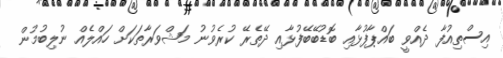
އިސްތިއުފާ ދެއްވީ ބައްޕާފުޅާއި ބޮޑުބޭބޭފުޅާއި ދޭތެރޭ ކުރެވުނު މަޝްވަރާތަކަށް ހައްލެއް ނުލިބުމުން